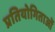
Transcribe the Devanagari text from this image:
प्रतियोगिताओँ